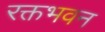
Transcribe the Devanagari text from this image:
रक्तभवन